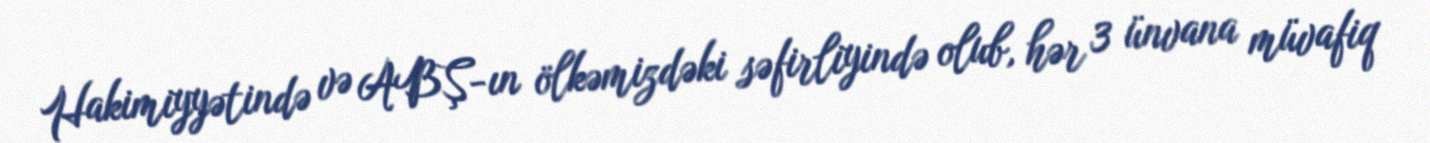
Hakimiyyətində və ABŞ-ın ölkəmizdəki səfirliyində olub, hər 3 ünvana müvafiq